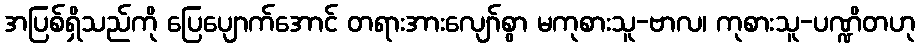
အပြစ်ရှိသည်ကို ပြေပျောက်အောင် တရားအားလျော်စွာ မကုစားသူ-ဗာလ၊ ကုစားသူ-ပဏ္ဍိတဟု